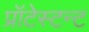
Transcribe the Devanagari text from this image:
प्रॉटेस्टन्ट